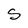
Character: S